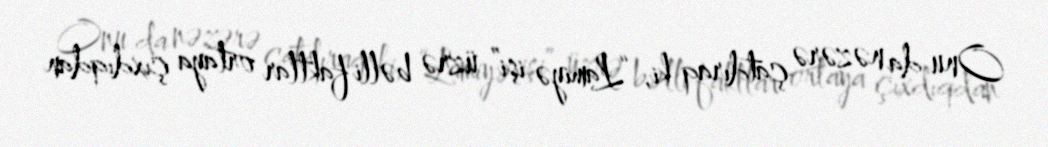
Onu da nəzərə çatdıraq ki, “Lamiyə işi” üzrə bəlli faktlar ortaya çıxdıqdan